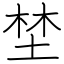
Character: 埜